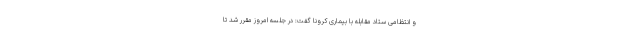
و انتظامی ستاد مقابله با بیماری کرونا گفت: در جلسه امروز مقرر شد تا